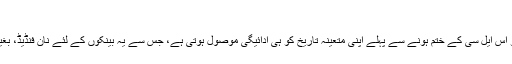
‘
شاہ کے وکیل نے بتایا کہ بینک کو اس ایل سی کے ختم ہونے سے پہلے اپنی متعینہ تاریخ کو ہی ادائیگی موصول ہوتی ہے، جس سے یہ بینکوں کے لئے نان فنڈیڈ، بغیر جوکھم والی سہولت بن جاتی ہے۔